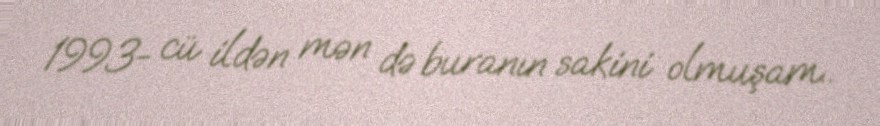
1993- cü ildən mən də buranın sakini olmuşam..